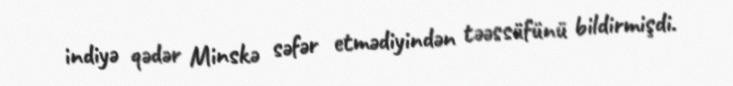
indiyə qədər Minskə səfər etmədiyindən təəssüfünü bildirmişdi.